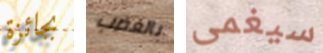
بجائزة بالغضب سيغمى